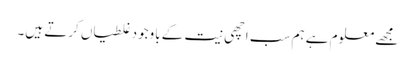
مجھے معلوم ہے ہم سب اچھی نیت کے باوجود غلطیاں کرتے ہیں۔